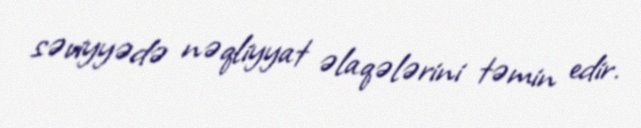
səviyyədə nəqliyyat əlaqələrini təmin edir.